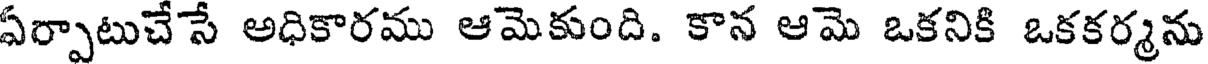
ఏర్పాటుచేసే అధికారము ఆమెకుంది. కాన ఆమె ఒకనికి ఒకకర్మను